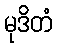
မုဒိတံ